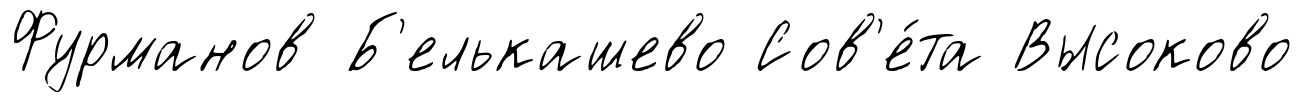
Фурманов Б'елькашево Сов'е́та Высоково